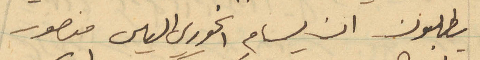
يطلبون ان يسام الخوري الياس منصور